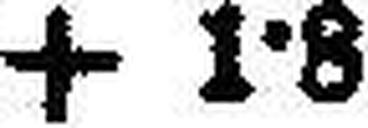
+ 1·8